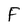
Character: F